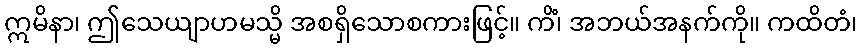
ဣမိနာ၊ ဤသေယျာဟမသ္မိ အစရှိသောစကားဖြင့်။ ကိံ၊ အဘယ်အနက်ကို။ ကထိတံ၊